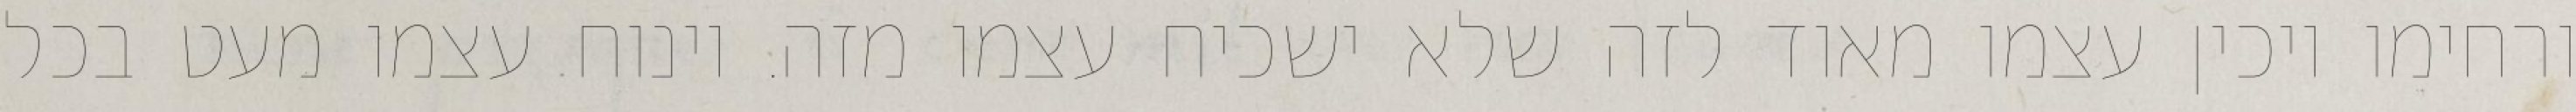
ורחימו ויכין עצמו מאוד לזה שלא ישכיח עצמו מזה. וינוח עצמו מעט בכל